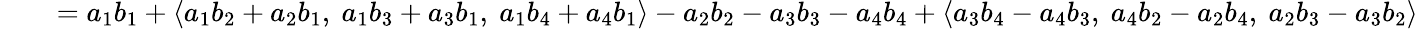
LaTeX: \qquad=a_{1}b_{1}+\langle a_{1}b_{2}+a_{2}b_{1},\ a_{1}b_{3}+a_{3}b_{1},\ a_{1}b_{4}+a_{4}b_{1}\rangle-a_{2}b_{2}-a_{3}b_{3}-a_{4}b_{4}+\langle a_{3}b_{4}-a_{4}b_{3},\ a_{4}b_{2}-a_{2}b_{4},\ a_{2}b_{3}-a_{3}b_{2}\rangle